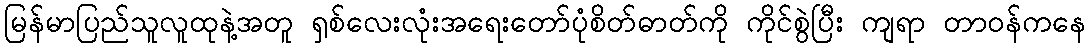
မြန်မာပြည်သူလူထုနဲ့အတူ ရှစ်လေးလုံးအရေးတော်ပုံစိတ်ဓာတ်ကို ကိုင်စွဲပြီး ကျရာ တာဝန်ကနေ